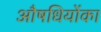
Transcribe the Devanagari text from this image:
औषधियोंका